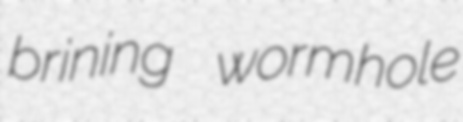
brining wormhole